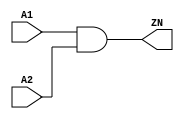
module AND2_X1 (A1, A2, ZN);
  input A1;
  input A2;
  output ZN;
  and(ZN, A1, A2);
  specify
    (A1 => ZN) = (0.1, 0.1);
    (A2 => ZN) = (0.1, 0.1);
  endspecify
endmodule